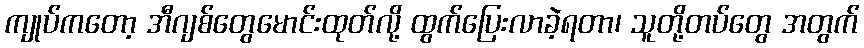
ကျုပ်ကတော့ အီဂျစ်တွေမောင်းထုတ်လို့ ထွက်ပြေးလာခဲ့ရတာ၊ သူတို့တပ်တွေ အတွက်